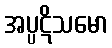
အပ္ပဋိသမော